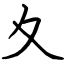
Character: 夊